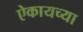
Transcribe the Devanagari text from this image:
ऐकायच्या